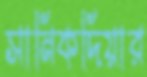
সানিকদিয়ার